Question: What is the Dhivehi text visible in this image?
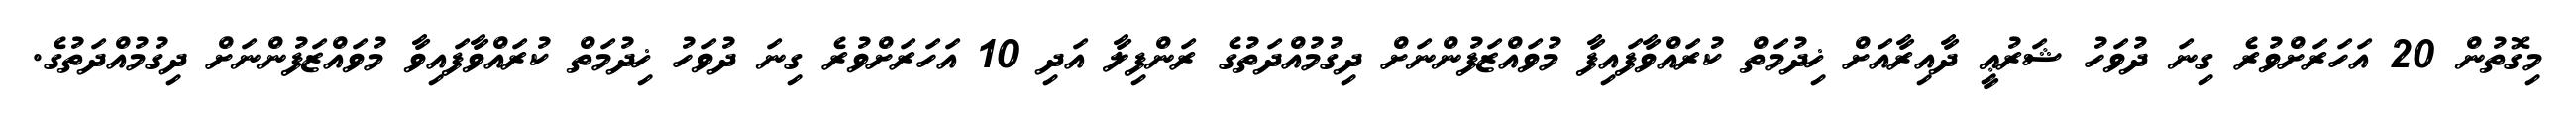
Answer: މިގޮތުން 20 އަހަރަށްވުރެ ގިނަ ދުވަހު ޝަރުޢީ ދާއިރާއަށް ޚިދުމަތް ކުރައްވާފައިފާ މުވައްޒަފުންނަށް ދިގުމުއްދަތުގެ ރަންފިލާ އަދި 10 އަހަރަށްވުރެ ގިނަ ދުވަހު ޚިދުމަތް ކުރައްވާފައިވާ މުވައްޒަފުންނަށް ދިގުމުއްދަތުގެ.